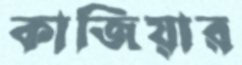
কাজিয়ার